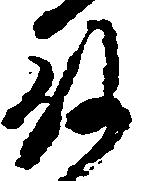
殿